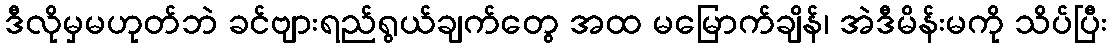
ဒီလိုမှမဟုတ်ဘဲ ခင်ဗျားရည်ရွယ်ချက်တွေ အထ မမြောက်ချိန်၊ အဲဒီမိန်းမကို သိပ်ပြီး